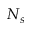
N _ { s }